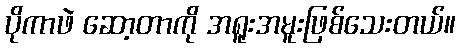
ပိုကာဖဲ ဆော့တာကို အရူးအမူးဖြစ်သေးတယ်။